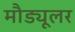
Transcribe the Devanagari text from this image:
मौड्यूलर